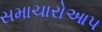
સમાચારોઆપ